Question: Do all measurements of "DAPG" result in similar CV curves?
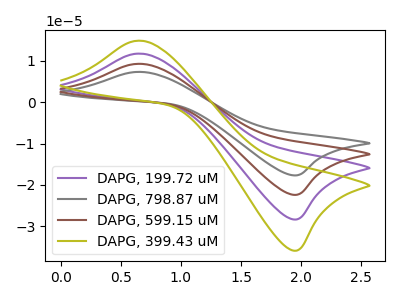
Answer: <think>The purple curve "DAPG, 199.72 uM" has an anodic peak at (0.65V, 11.75uA) and a cathodic peak at (1.95V, -28.35uA). The gray curve "DAPG, 798.87 uM" has an anodic peak at (0.65V, 35.30uA) and a cathodic peak at (1.95V, -85.10uA). The brown curve "DAPG, 599.15 uM" has an anodic peak at (0.65V, 23.55uA) and a cathodic peak at (1.95V, -56.75uA). The olive curve "DAPG, 399.43 uM" has an anodic peak at (0.65V, 14.90uA) and a cathodic peak at (1.95V, -35.90uA).
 All the peaks in "DAPG, 199.72 uM" have a peak in "DAPG, 798.87 uM" at the same potential. Every peak in "DAPG, 199.72 uM" is lower than every peak in "DAPG, 798.87 uM". All the peaks in "DAPG, 199.72 uM" have a peak in "DAPG, 599.15 uM" at the same potential. Every peak in "DAPG, 199.72 uM" is lower than every peak in "DAPG, 599.15 uM". All the peaks in "DAPG, 199.72 uM" have a peak in "DAPG, 399.43 uM" at the same potential. Every peak in "DAPG, 199.72 uM" is lower than every peak in "DAPG, 399.43 uM". All the peaks in "DAPG, 798.87 uM" have a peak in "DAPG, 599.15 uM" at the same potential. Every peak in "DAPG, 798.87 uM" is higher than every peak in "DAPG, 599.15 uM". All the peaks in "DAPG, 798.87 uM" have a peak in "DAPG, 399.43 uM" at the same potential. Every peak in "DAPG, 798.87 uM" is higher than every peak in "DAPG, 399.43 uM". All the peaks in "DAPG, 599.15 uM" have a peak in "DAPG, 399.43 uM" at the same potential. Every peak in "DAPG, 599.15 uM" is higher than every peak in "DAPG, 399.43 uM".</think>
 <answer>All the CV's of "DAPG" have similar shape.</answer>
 <eval>follow_rule</eval>